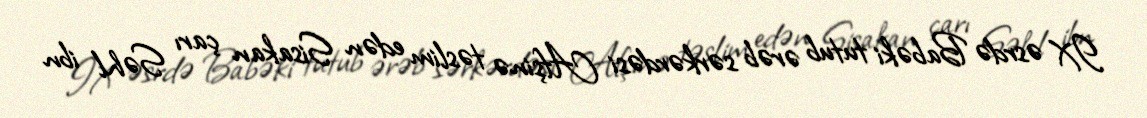
IX əsrdə Babəki tutub ərəb sərkərdəsi Afşinə təslim edən Sisakan çarı Səhl ibn